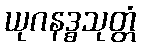
ယုဂနဒ္ဓသုတ္တံ